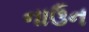
નાઉન